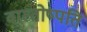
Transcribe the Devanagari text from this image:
वास्तोष्पति